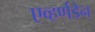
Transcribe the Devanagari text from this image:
एव्हर्णडेन